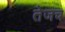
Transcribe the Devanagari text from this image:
तेजच